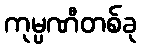
ကုမ္ပဏီတစ်ခု